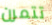
تتمرن